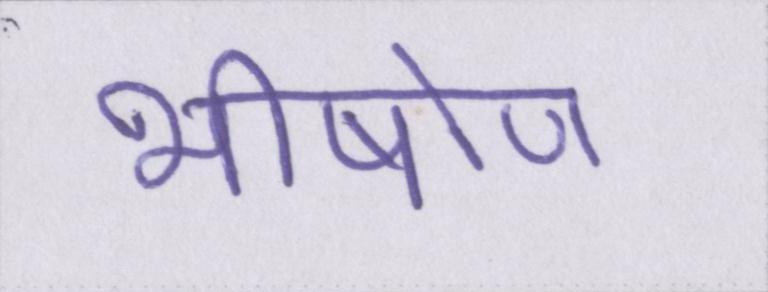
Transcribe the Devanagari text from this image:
भीषोण